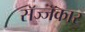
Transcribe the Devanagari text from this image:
सॅज्जॅकार